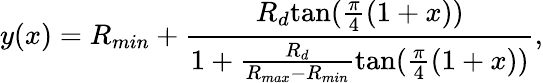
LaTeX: y(x)=R_{min}+\frac{R_{d}\mathrm{tan}(\frac{\pi}{4}(1+x))}{1+\frac{R_{d}}{R_{max}-R_{min}}\mathrm{tan}(\frac{\pi}{4}(1+x))},